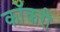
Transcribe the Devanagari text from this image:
कॉकरी